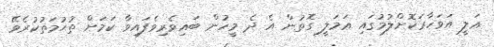
ޢަލީ އަވަހާރަކޮށްލުމުގައި ޢަމަލީ ގޮތުން އެ ދެ މީހުން ބައިވެރިވެފައިވާ ކަމަށް ތުޙުމަތުކުރެވޭ